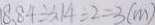
1 8 . 8 4 \div 3 . 1 4 \div 2 = 3 ( m )